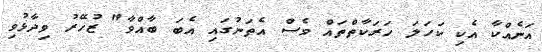
އަނެއްކާ އެކި ކަހަލަ ހަރަކާތްތައް ވެސް އެތަނުގައި އެބަ ބާއްވާ" ޒުހޭރު ވިދާޅުވި